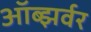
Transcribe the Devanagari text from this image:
ऑब्झर्वर